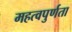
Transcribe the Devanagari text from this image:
महत्वपुर्णता